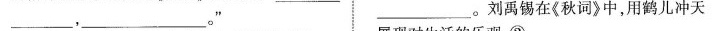
___。___。” ___。刘禹锡在《秋词》中，用鹤儿冲天